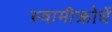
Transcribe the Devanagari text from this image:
स्वामीक्रोधें